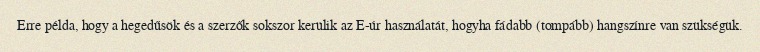
Erre példa, hogy a hegedűsök és a szerzők sokszor kerülik az E-úr használatát, hogyha fádabb (tompább) hangszínre van szükségük.